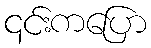
၎င်းကပြော